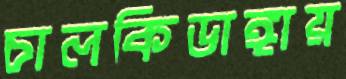
চালকিডাঙ্গায়